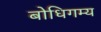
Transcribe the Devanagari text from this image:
बोधिगम्य